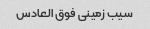
سیب زمینی فوق العادس